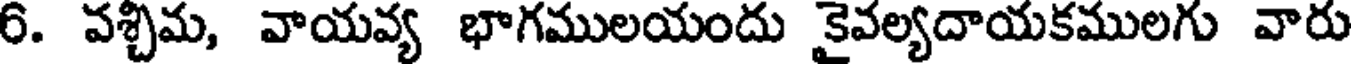
6. వశ్చిమ, వాయవ్య భాగములయందు కైవల్యదాయకములగు వారు